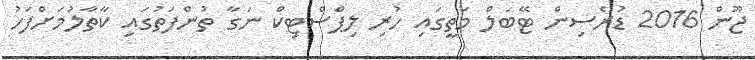
ޖޫން 2016 ޑުރެސިން ޓޭބަލް މަތީގައި ހުރި ލިޕްސްޓިކް ނަގާ ތުންފަތުގައި ކާތާލުމަށްފަހު